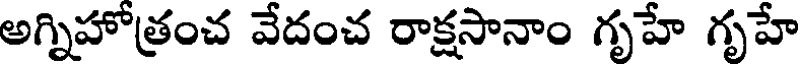
అగ్నిహోత్రంచ వేదంచ రాక్షసానాం గృహే గృహే